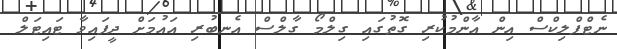
ނެޓްފްލިކްްސް އިން އާންމުކުރި ގޮތުގައި ގިލްމޯ ގާލްސް އެނބުރި އައުމަށް ދީފައިވާ ޓައިޓަލް